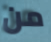
من